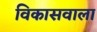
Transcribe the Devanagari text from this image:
विकासवाला